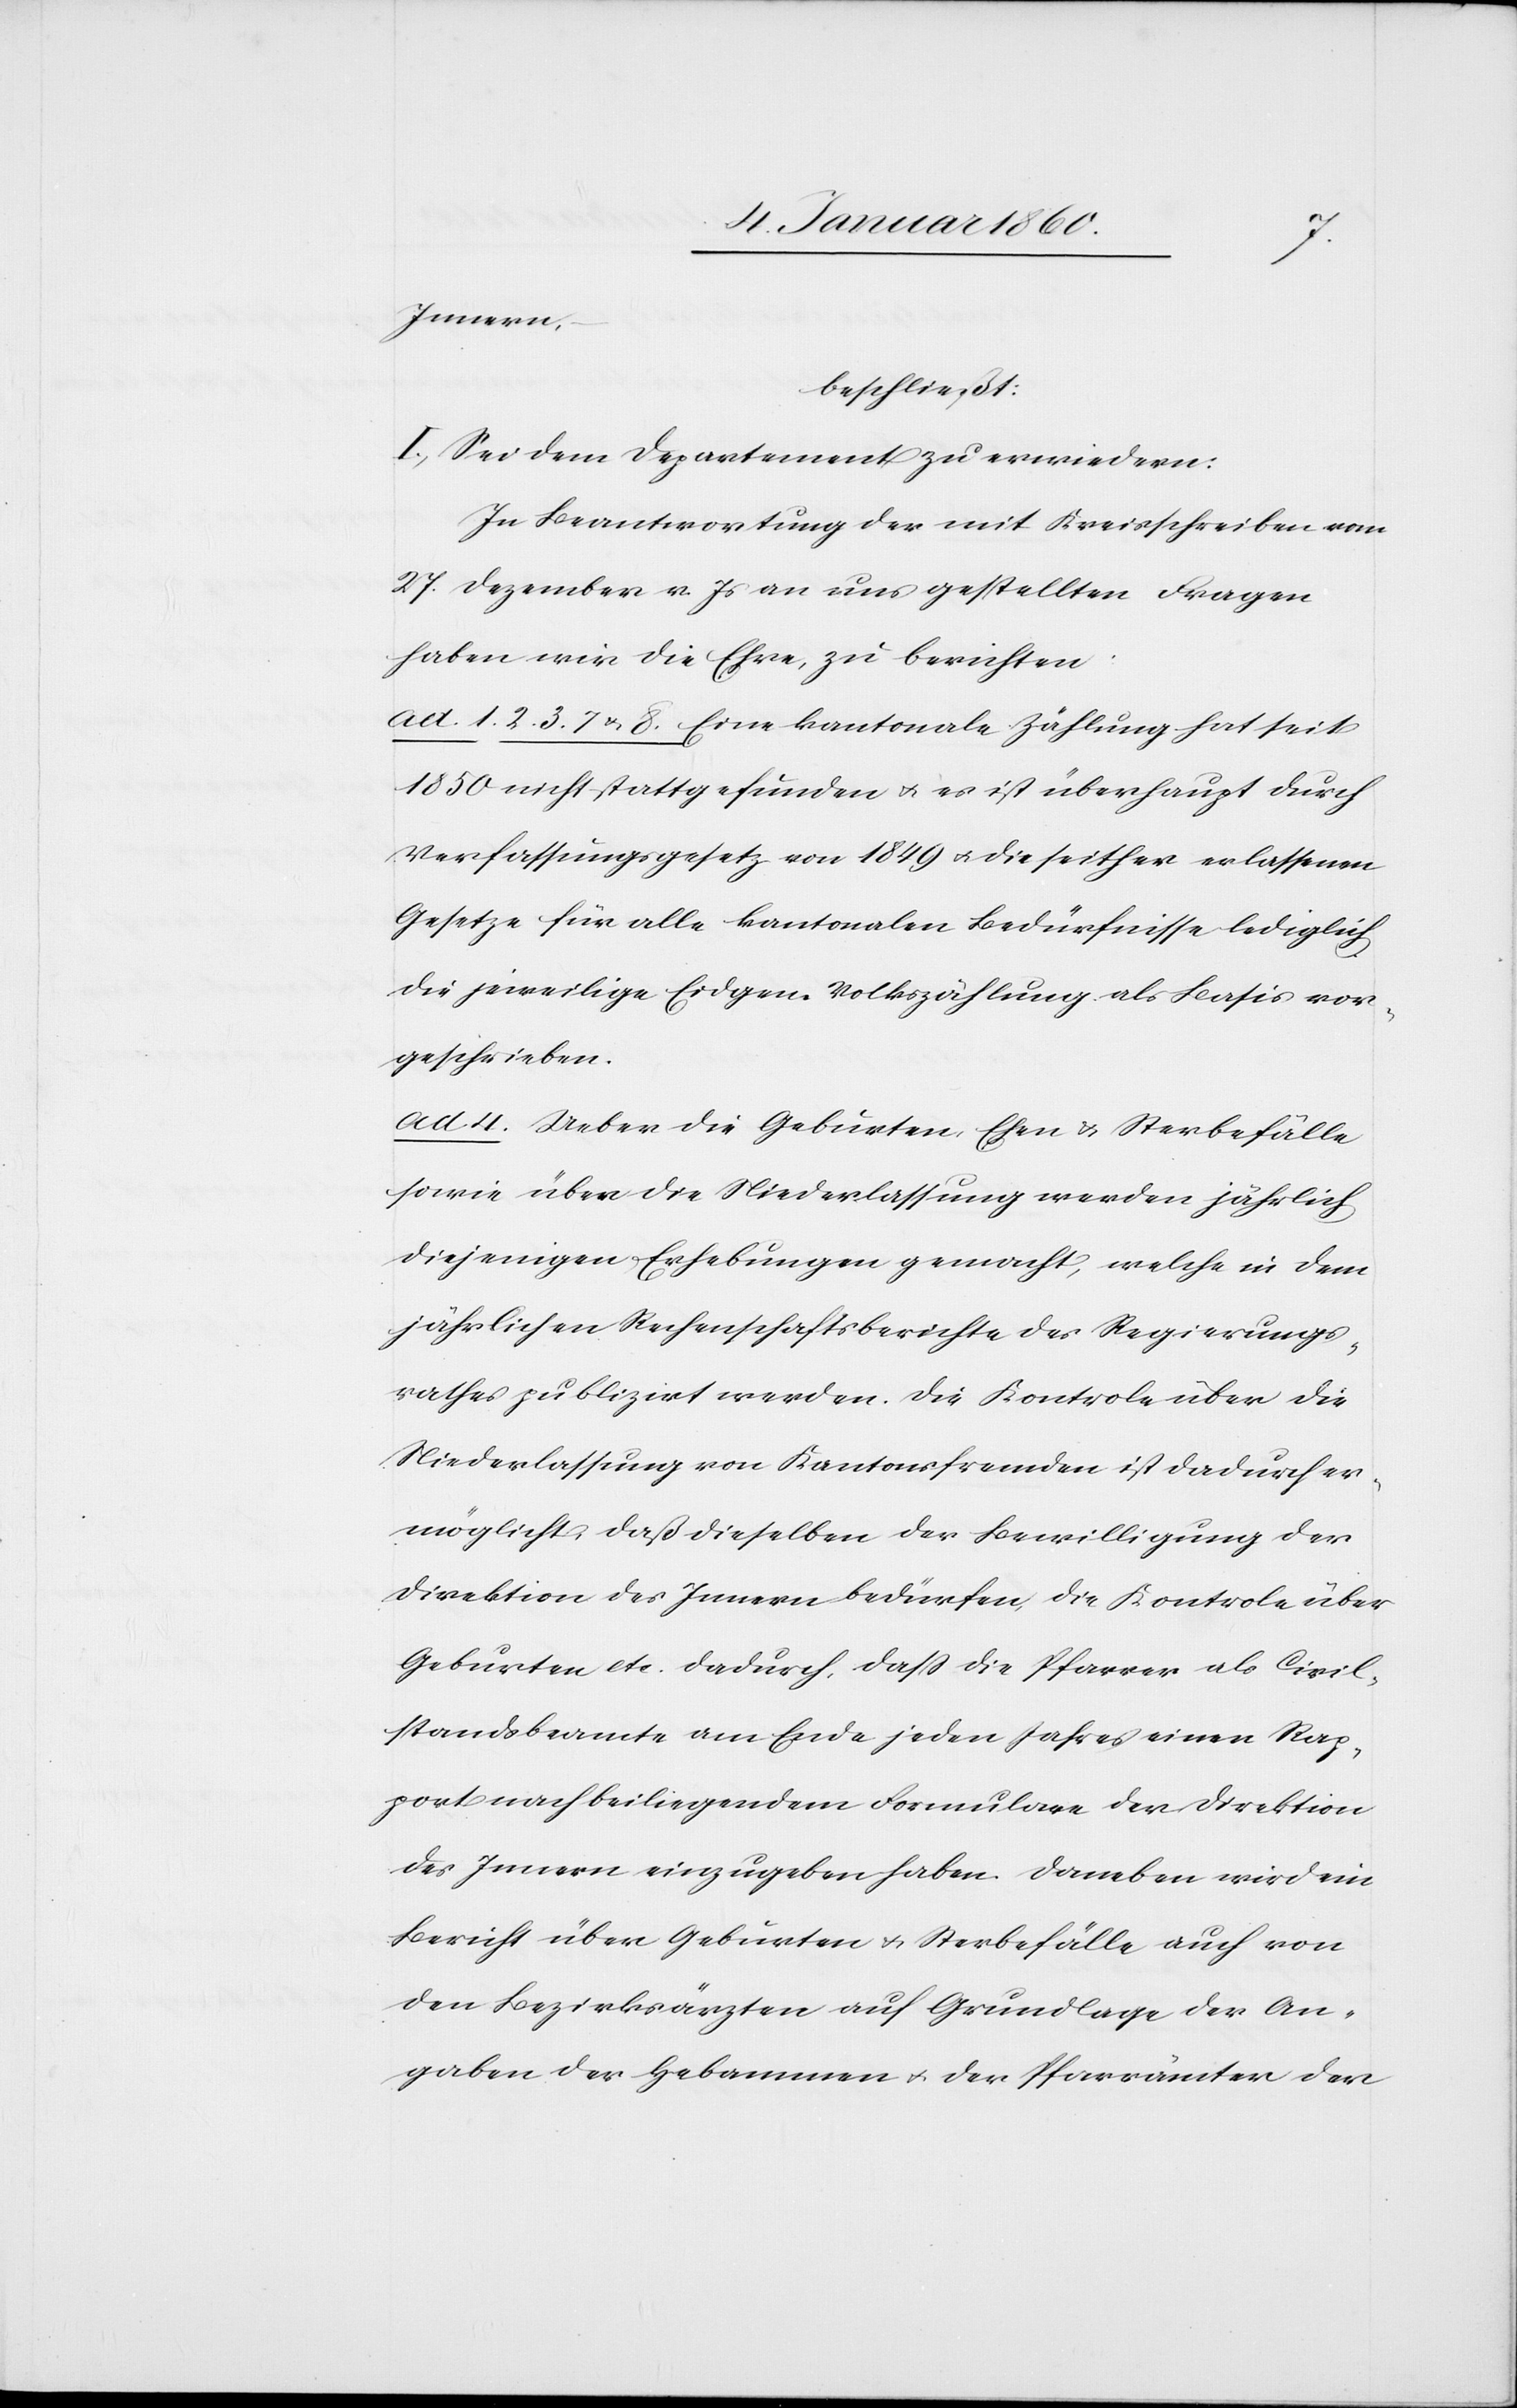
beschließt:
I. Sei dem Departement zu erwiedern:
In Beantwortung der mit Kreisschreiben vom
27. Dezember v. Js. an uns gestellten Fragen
haben wir die Ehre, zu berichten.
ad. 1. 2. 3. 7. u. 8. Eine kantonale Zählung hat seit
1850. erst stattgefunden u. es ist überhaupt durch
Verfassungsgesetz von 1849. u. die seither erlassenen
Gesetze für alle kantonalen Bedürfnisse lediglich
die jeweilige Eidgen. Volkszählung als Basis vor¬
geschrieben.
ad. 4. Ueber die Geburten, Ehen u. Sterbefälle
sowie über die Niederlassung werden jährlich
diejenigen Erhebungen gemacht, welche in dem
jährlichen Rechenschaftsberichte des Regierungs¬
rathes publizirt werden. Die Kontrole über die
Niederlassung von Kantonsfremden ist dadurch er¬
möglicht, daß dieselben der Bewilligung der
Direktion des Innern bedürfen. Die Kontrole über
Geburten etc. dadurch, daß die Pfarrer als Civil¬
standsbeamte am Ende jeden Jahres einen Rap¬
port nach beiliegendem Formulare der Direktion
des Innern einzugeben haben. Daneben wird ein
Bericht über Geburten u. Sterbefälle auch von
den Bezirksärzten auf Grundlage der An¬
gaben der Hebammen u. der Pfarrämter der